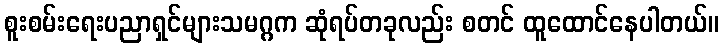
စူးစမ်းရေးပညာရှင်များသမဂ္ဂက ဆုံရပ်တခုလည်း စတင် ထူထောင်နေပါတယ်။